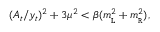
( A _ { t } / y _ { t } ) ^ { 2 } + 3 \mu ^ { 2 } < \beta ( m _ { \tt _ { L } } ^ { 2 } + m _ { \tt _ { R } } ^ { 2 } ) ,